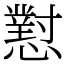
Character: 懟